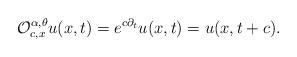
LaTeX: \begin{align*}\mathcal{O}_{c,x}^{\alpha ,\theta }u(x,t)=e^{c\partial _{t}}u(x,t)=u(x,t+c).\end{align*}